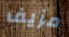
مزيف